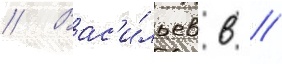
// Вас'и́льев в //